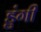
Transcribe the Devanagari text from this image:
डुंगी